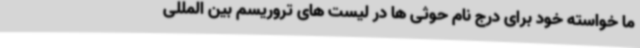
ما خواسته خود برای درج نام حوثی ها در لیست های تروریسم بین المللی